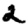
Digit: 2